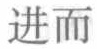
进而